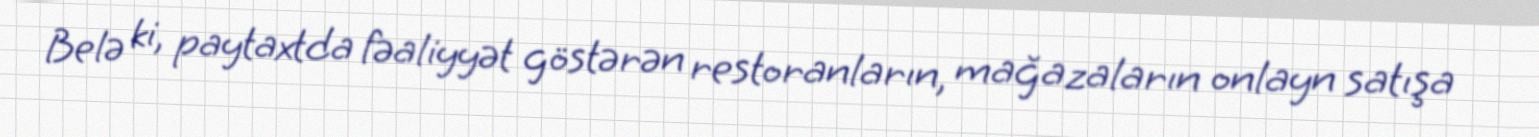
Belə ki, paytaxtda fəaliyyət göstərən restoranların, mağazaların onlayn satışa